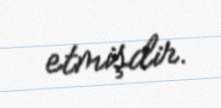
etmişdir.